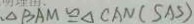
\Delta B A M \cong \Delta C A N ( S A S )